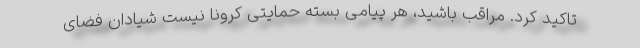
تاکید کرد. مراقب باشید، هر پیامی بسته حمایتی کرونا نیست شیادان فضای